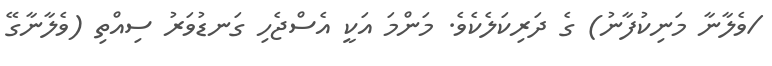
/ވެލާނާ މަނިކުފާނު) ގެ ދަރިކަލެކެވެ. މަންމަ އަކީ އެސްޖެހި ގަނޑުވަރު ސިއްތި (ވެލާނާގޭ